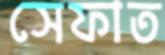
সেফাত